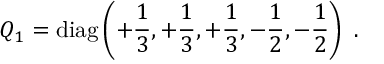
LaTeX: Q _ { 1 } = \mathrm { d i a g } \left( + { \frac { 1 } { 3 } } , + { \frac { 1 } { 3 } } , + { \frac { 1 } { 3 } } , - { \frac { 1 } { 2 } } , - { \frac { 1 } { 2 } } \right) \ .